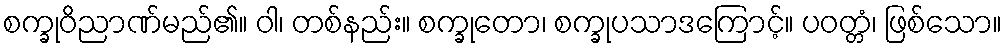
စက္ခုဝိညာဏ်မည်၏။ ဝါ၊ တစ်နည်း။ စက္ခုတော၊ စက္ခုပသာဒကြောင့်။ ပဝတ္တံ၊ ဖြစ်သော။